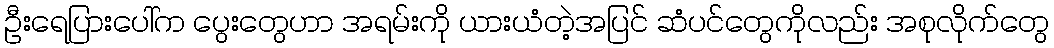
ဦးရေပြားပေါ်က ပွေးတွေဟာ အရမ်းကို ယားယံတဲ့အပြင် ဆံပင်တွေကိုလည်း အစုလိုက်တွေ